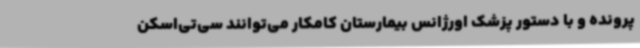
پرونده و با دستور پزشک اورژانس بیمارستان کامکار می‌توانند سی‌تی‌اسکن